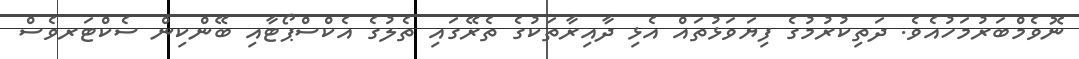
ނޮވެމްބަރުމަހުއެވެ. ދަތިކުރުމުގެ ފިޔަވަޅުތައް އެޅި ދާއިރާތަކުގެ ތެރޭގައި ތެލުގެ އެކްސްޕޯޓާއި ބޭންކިން ސެކްޓަރވެސް